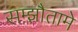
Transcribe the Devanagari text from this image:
सम्झौतामे